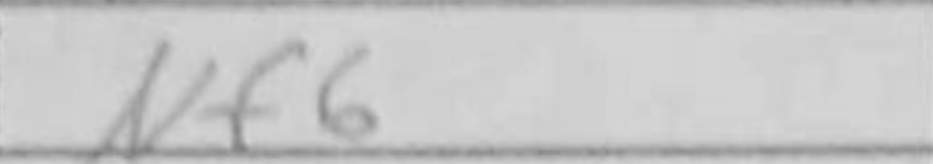
Transcription: Nf6